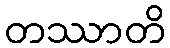
တဿာတိ